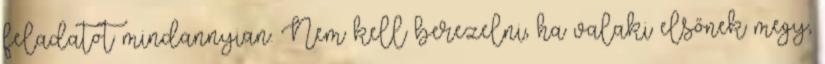
feladatot mindannyian. Nem kell berezelni, ha valaki elsőnek megy,